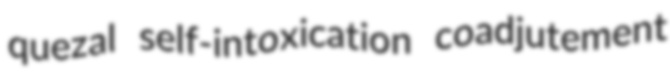
quezal self-intoxication coadjutement